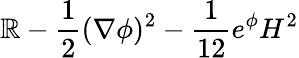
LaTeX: \mathbb{R}-{\frac{{1}}{{2}}}(\nabla\phi)^{2}-{\frac{{1}}{{12}}}e^{\phi}H^{2}